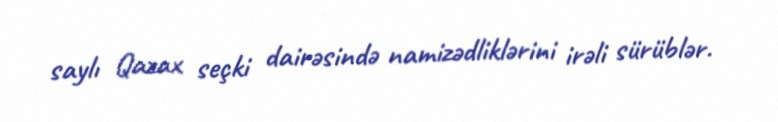
saylı Qazax seçki dairəsində namizədliklərini irəli sürüblər.